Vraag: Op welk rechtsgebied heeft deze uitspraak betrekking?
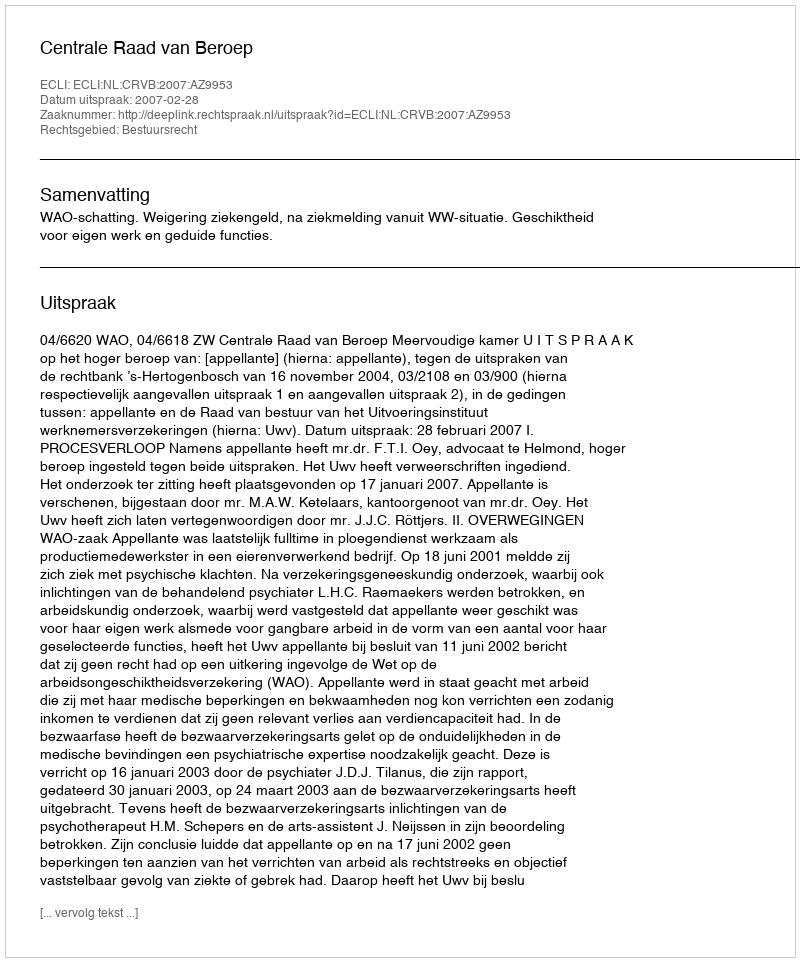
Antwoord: Bestuursrecht